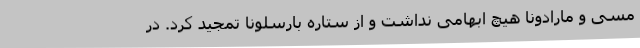
مسی و مارادونا هیچ ابهامی نداشت و از ستاره بارسلونا تمجید کرد. در